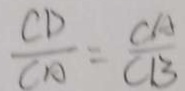
\frac { C D } { C A } = \frac { C A } { C B }